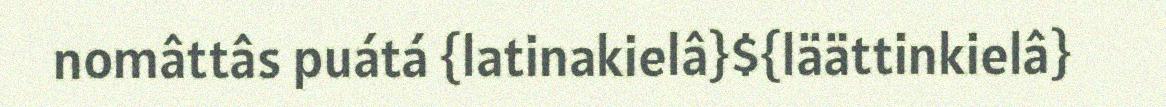
nomâttâs puátá {latinakielâ}${läättinkielâ}